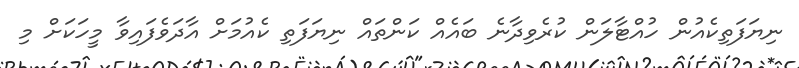
ނިޔަފަތިކެއުން ހުއްޓާލަން ކުރެވިދާނެ ބައެއް ކަންތައް ނިޔަފަތި ކެއުމަށް އާދަވެފައިވާ މީހަކަށް މި